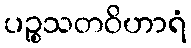
ပဉ္စသတဝိဟာရံ